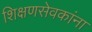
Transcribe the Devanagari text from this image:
शिक्षणसेवकांना